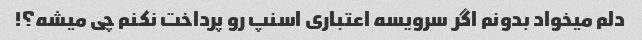
دلم میخواد بدونم اگر سرویسه اعتباری اسنپ رو پرداخت نکنم چی میشه؟!